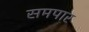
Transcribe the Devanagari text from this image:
समपार